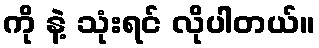
ကို နဲ့ သုံးရင် လိုပါတယ်။